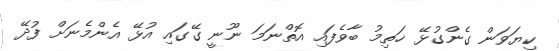
ކިޔަވަން ގެންގުޅޭ ޚަތިމު ބާވެފައި އޮތްނަމަ ނޫނީ ގޭގައި އުޅޭ އެންމެނަށް ފުދޭ